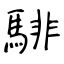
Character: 騑